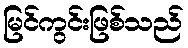
မြင်ကွင်းဖြစ်သည်